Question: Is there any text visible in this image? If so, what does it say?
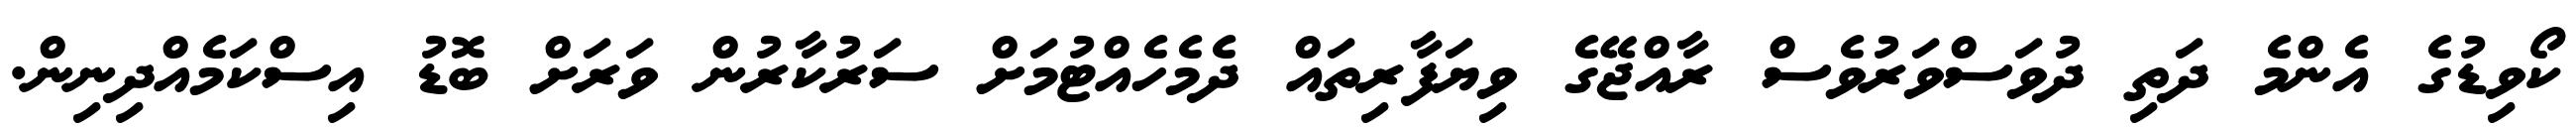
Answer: ކޯވިޑުގެ އެންމެ ދަތި ދުވަސްވަރުވެސް ރާއްޖޭގެ ވިޔަފާރިތައް ދެމެހެއްޓުމަށް ސަރުކާރުން ވަރަށް ބޮޑު އިސްކަމެއްދިނިން.